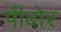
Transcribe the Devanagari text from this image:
पीबोर